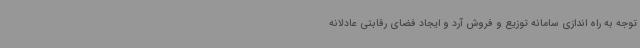
توجه به راه اندازی سامانه توزیع و فروش آرد و ایجاد فضای رقابتی عادلانه